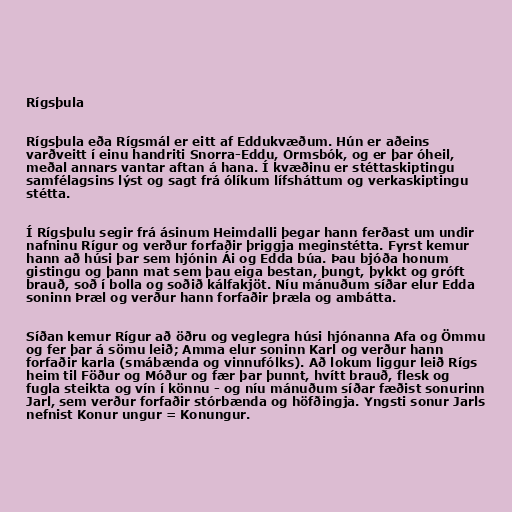
Rígsþula

Rígsþula eða Rígsmál er eitt af Eddukvæðum. Hún er aðeins
varðveitt í einu handriti Snorra-Eddu, Ormsbók, og er þar óheil,
meðal annars vantar aftan á hana. Í kvæðinu er stéttaskiptingu
samfélagsins lýst og sagt frá ólíkum lífsháttum og verkaskiptingu
stétta.

Í Rígsþulu segir frá ásinum Heimdalli þegar hann ferðast um undir
nafninu Rígur og verður forfaðir þriggja meginstétta. Fyrst kemur
hann að húsi þar sem hjónin Ái og Edda búa. Þau bjóða honum
gistingu og þann mat sem þau eiga bestan, þungt, þykkt og gróft
brauð, soð í bolla og soðið kálfakjöt. Níu mánuðum síðar elur Edda
soninn Þræl og verður hann forfaðir þræla og ambátta.

Síðan kemur Rígur að öðru og veglegra húsi hjónanna Afa og Ömmu
og fer þar á sömu leið; Amma elur soninn Karl og verður hann
forfaðir karla (smábænda og vinnufólks). Að lokum liggur leið Rígs
heim til Föður og Móður og fær þar þunnt, hvítt brauð, flesk og
fugla steikta og vín í könnu - og níu mánuðum síðar fæðist sonurinn
Jarl, sem verður forfaðir stórbænda og höfðingja. Yngsti sonur Jarls
nefnist Konur ungur = Konungur.